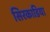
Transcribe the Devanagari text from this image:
सिरकाडिया